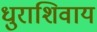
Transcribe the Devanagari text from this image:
धुराशिवाय